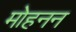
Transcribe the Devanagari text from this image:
मोहनन